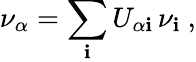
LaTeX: \nu_{\alpha}=\sum_{\mathbf{i}}U_{\alpha\mathbf{i}}\, \nu_{\mathbf{i}}\ ,